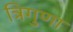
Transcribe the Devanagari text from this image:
त्रिगुणा